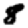
Digit: 8